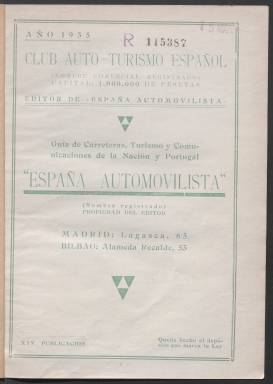
Título: España automovilista
Otros títulos: Guia de carreteras, turismo y comunicaciones de la nación y Portugal
Colección: Automovilismo
Ámbito geográfico: Madrid
Lugar de publicación: Madrid
Fechas: 01/01/1935-31/12/1935